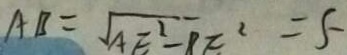
A B = \sqrt { A E ^ { 2 } - R E ^ { 2 } } = 5